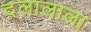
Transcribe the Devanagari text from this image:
दलालाला